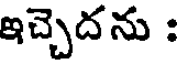
ఇచ్చెదను :